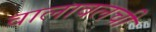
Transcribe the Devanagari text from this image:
वालावलची